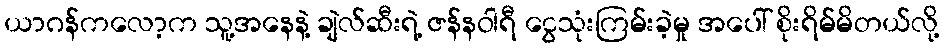
ယာဂန်ကလော့က သူ့အနေနဲ့ ချဲလ်ဆီးရဲ့ ဇန်နဝါရီ ငွေသုံးကြမ်းခဲ့မှု အပေါ် စိုးရိမ်မိတယ်လို့